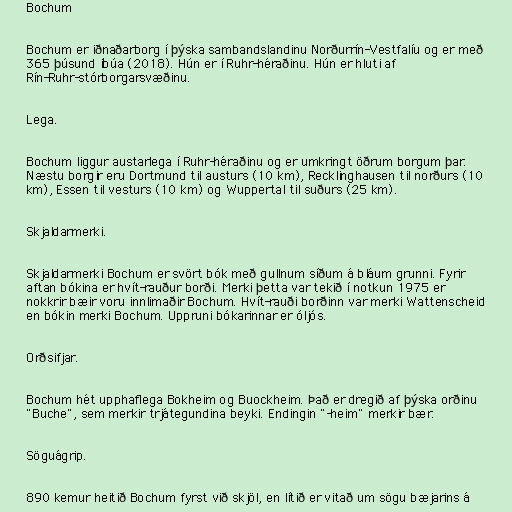
Bochum

Bochum er iðnaðarborg í þýska sambandslandinu Norðurrín-Vestfalíu og er með
365 þúsund íbúa (2018). Hún er í Ruhr-héraðinu. Hún er hluti af
Rín-Ruhr-stórborgarsvæðinu.

Lega.

Bochum liggur austarlega í Ruhr-héraðinu og er umkringt öðrum borgum þar.
Næstu borgir eru Dortmund til austurs (10 km), Recklinghausen til norðurs (10
km), Essen til vesturs (10 km) og Wuppertal til suðurs (25 km).

Skjaldarmerki.

Skjaldarmerki Bochum er svört bók með gullnum síðum á bláum grunni. Fyrir
aftan bókina er hvít-rauður borði. Merki þetta var tekið í notkun 1975 er
nokkrir bæir voru innlimaðir Bochum. Hvít-rauði borðinn var merki Wattenscheid
en bókin merki Bochum. Uppruni bókarinnar er óljós.

Orðsifjar.

Bochum hét upphaflega Bokheim og Buockheim. Það er dregið af þýska orðinu
"Buche", sem merkir trjátegundina beyki. Endingin "-heim" merkir bær.

Söguágrip.

890 kemur heitið Bochum fyrst við skjöl, en lítið er vitað um sögu bæjarins á